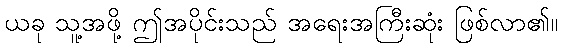
ယခု သူ့အဖို့ ဤအပိုင်းသည် အရေးအကြီးဆုံး ဖြစ်လာ၏။